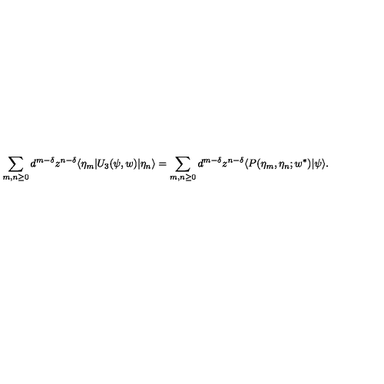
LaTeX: \sum _ { m , n \geq 0 } d ^ { m - \delta } z ^ { n - \delta } \langle \eta _ { m } | U _ { 3 } ( \psi , w ) | \eta _ { n } \rangle = \sum _ { m , n \geq 0 } d ^ { m - \delta } z ^ { n - \delta } \langle P ( \eta _ { m } , \eta _ { n } ; w ^ { \ast } ) | \psi \rangle .